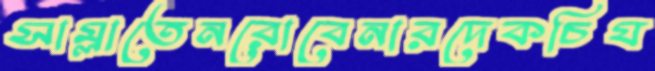
সাম্‌লাতেনরোবেনারদেকচিয